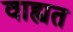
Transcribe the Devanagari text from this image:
वाह्यत